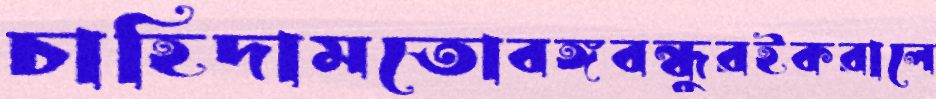
চাহিদামতোবঙ্গবন্ধুরইকরালে